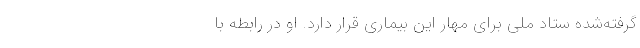
گرفته‌شده ستاد ملی برای مهار این بیماری قرار دارد. او در رابطه با